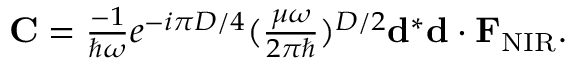
\begin{array} { r } { { \bf C } = \frac { - 1 } { \hbar \omega } e ^ { - i { \pi D } / { 4 } } ( \frac { \mu \omega } { 2 \pi \hbar } ) ^ { { D } / { 2 } } { \bf d } ^ { * } { \bf d } \cdot { \bf F } _ { \mathrm { N I R } } . } \end{array}